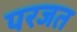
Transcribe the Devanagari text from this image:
परजत